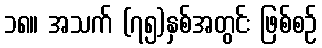
၁၈။ အသက် (၇၅)နှစ်အတွင်း ဖြစ်စဉ်